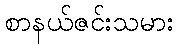
စာနယ်ဇင်းသမား